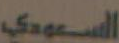
السعودي